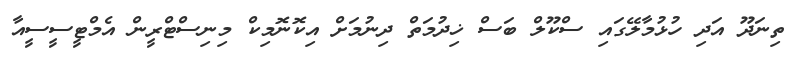
ތިނަދޫ އަދި ހުޅުމާލޭގައި ސްކޫލް ބަސް ޚިދުމަތް ދިނުމަށް އިކޮނޮމިކް މިނިސްޓްރީން އެމްޓީސީސީއާ